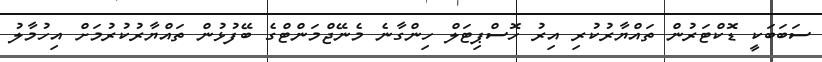
ސަބަބަކީ ޑޮކްޓަރުން ތައްޔާރުކުރި އިރު ހޮސްޕިޓަލް ހިންގާނެ މެނޭޖްމަންޓްގެ ބޭފުޅުން ތައްޔާރުކުރުމަށް އިހުމާލު